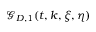
\mathcal { G } _ { D , 1 } ( t , k , \xi , \eta )